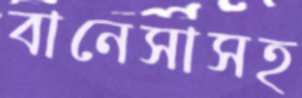
বানেসাসহ